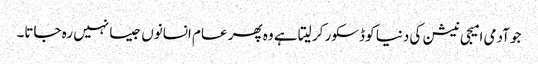
جو آدمی امیجی نیشن کی دنیا کو ڈسکور کر لیتا ہے وہ پھر عام انسانوں جیسا نہیں رہ جاتا۔